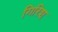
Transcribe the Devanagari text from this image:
गिरिश्